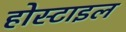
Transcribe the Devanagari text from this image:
होस्टाइल